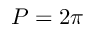
P = 2 \pi